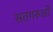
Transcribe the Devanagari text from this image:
सतगरुओं